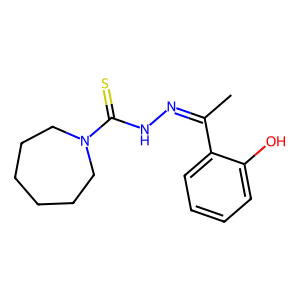
SMILES: CC(=NNC(=S)N1CCCCCC1)c1ccccc1O
Inhibits HIV replication: No